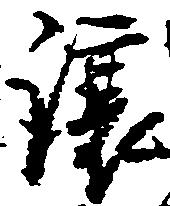
譲